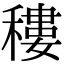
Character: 䅹